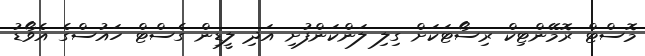
މޮސްޓް ރޮމޭންޓިކް ރިސޯޓަކަށް ގިލި ލަންކަންފުށި އަދި ލީޑިން ގެސްޓް ހައުސްގެ އެވޯޑު